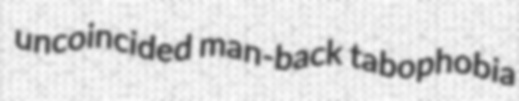
uncoincided man-back tabophobia